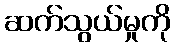
ဆက်သွယ်မှုကို